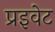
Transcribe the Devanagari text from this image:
प्रइवेट